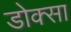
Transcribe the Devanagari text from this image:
डोक्सा